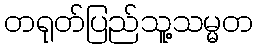
တရုတ်ပြည်သူ့သမ္မတ